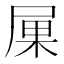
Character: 𡱼